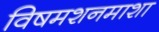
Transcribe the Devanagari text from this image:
विषमशनमाशा